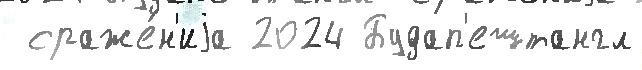
 сраже́н'иjа 2024 Будап'ештангл